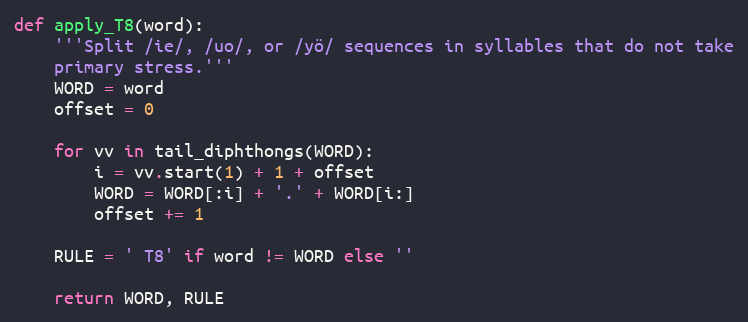
Language: Python
def apply_T8(word):
    '''Split /ie/, /uo/, or /yö/ sequences in syllables that do not take
    primary stress.'''
    WORD = word
    offset = 0

    for vv in tail_diphthongs(WORD):
        i = vv.start(1) + 1 + offset
        WORD = WORD[:i] + '.' + WORD[i:]
        offset += 1

    RULE = ' T8' if word != WORD else ''

    return WORD, RULE